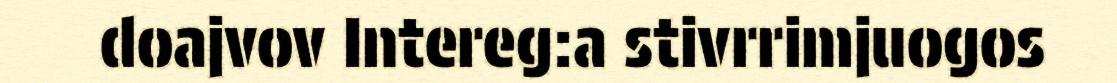
doajvov Intereg:a stivrrimjuogos